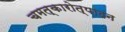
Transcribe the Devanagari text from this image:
चमत्कारोत्पादन